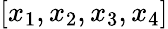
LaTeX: [x_{1},x_{2},x_{3},x_{4}]